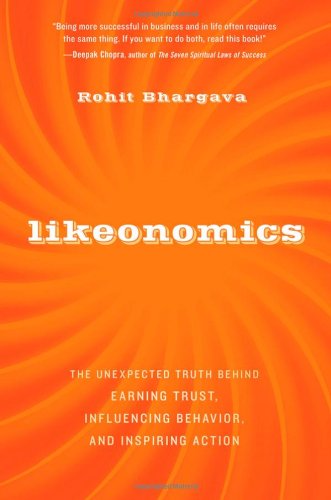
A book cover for Likeonomics: The Unexpected Truth Behind Earning Trust, Influencing Behavior, and Inspiring Action; Rohit Bhargava; Business & Money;